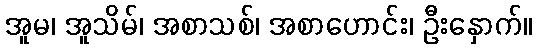
အူမ၊ အူသိမ်၊ အစာသစ်၊ အစာဟောင်း၊ ဦးနှောက်။